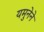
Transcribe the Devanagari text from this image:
यमुनेने